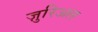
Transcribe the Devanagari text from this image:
ज़ुरिअल